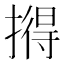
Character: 𪮦